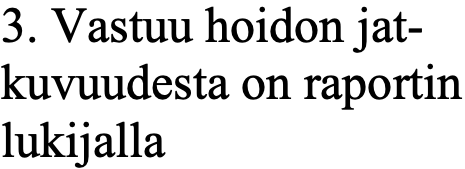
3. Vastuu hoidon jat- kuvuudesta on raportin lukijalla